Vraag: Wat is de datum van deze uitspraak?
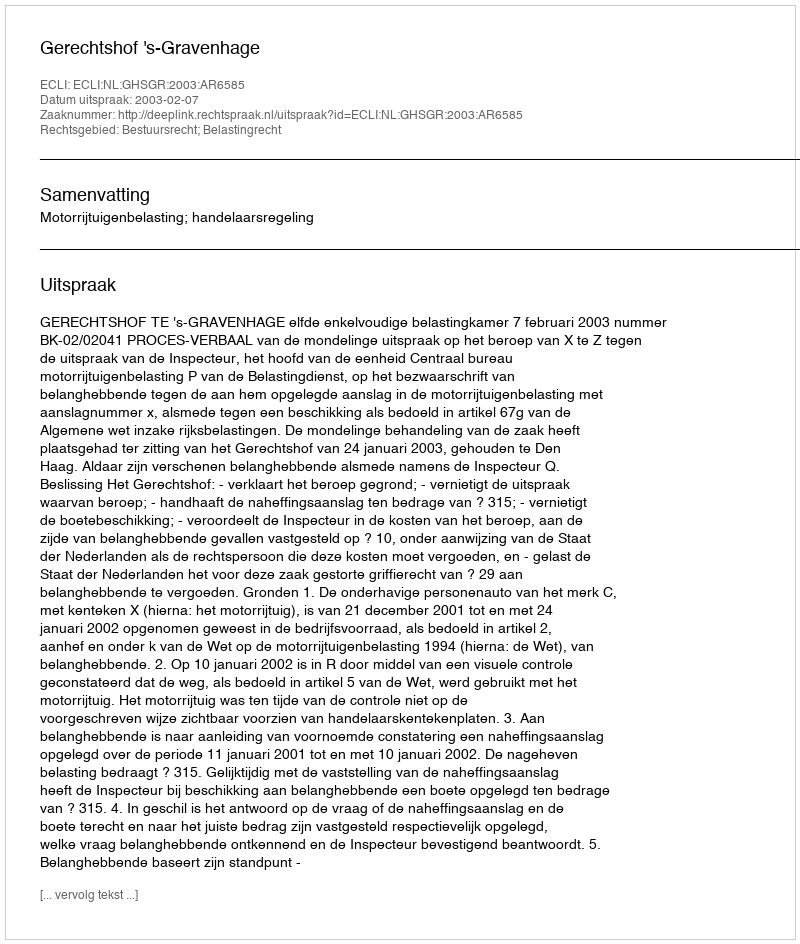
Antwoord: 2003-02-07